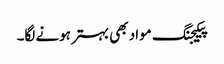
پیکیجنگ مواد بھی بہتر ہونے لگا۔